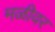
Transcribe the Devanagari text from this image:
मळीवर